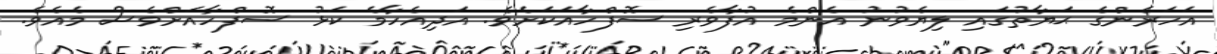
އަހަރެންގެ ޙަޔާތުގައި ލިޔެވުނު އެންމެ އުފާވެރި ސޮފްހާއަކަށެވެ. އަދިއެހާމެ ކަޅު ސޮފްހާއަށްވެސް މެއެވެ.